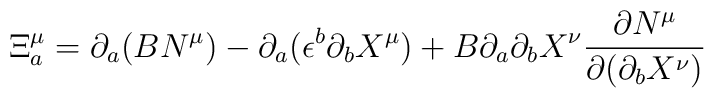
\Xi^\mu_a= \partial_a(B N^\mu)-\partial_a(\epsilon^b\partial_b X^\mu)+B\partial_a\partial_b X^\nu\frac{\partial N^\mu}{\partial(\partial_b X^\nu)}